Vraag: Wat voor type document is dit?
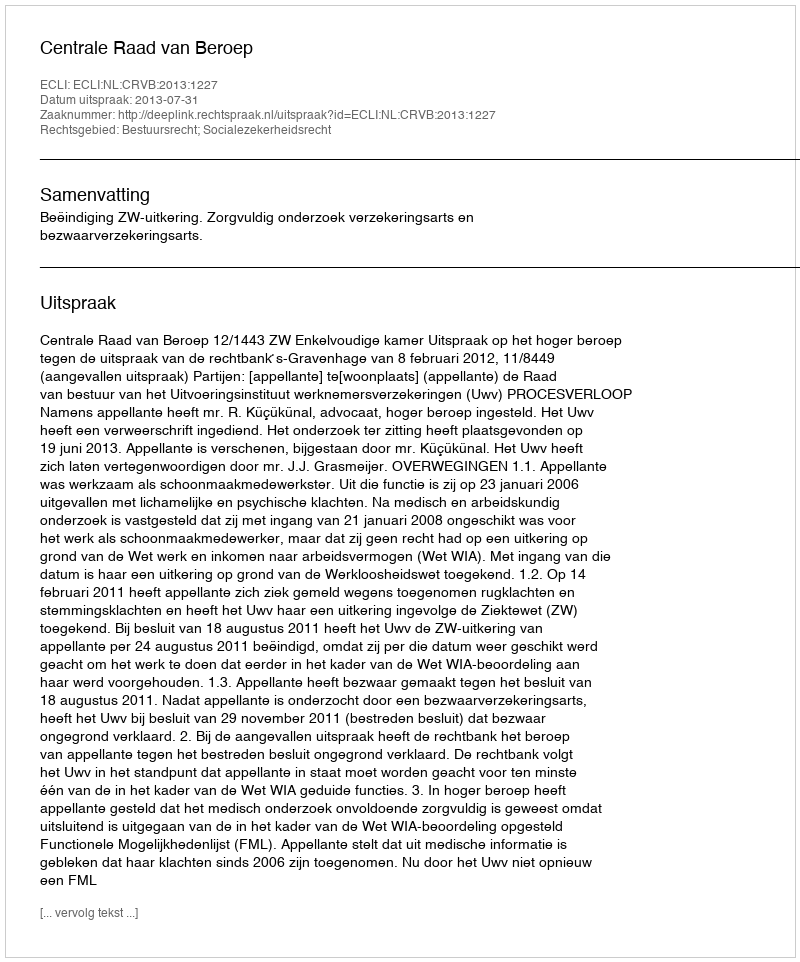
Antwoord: Uitspraak